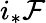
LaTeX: i_{*}{\mathcal{F}}